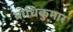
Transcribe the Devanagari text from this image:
बोधिकुमार